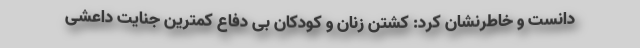
دانست و خاطرنشان کرد: کشتن زنان و کودکان بی دفاع کمترین جنایت داعشی